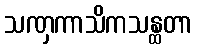
သဏှကာသိကသန္ထတာ